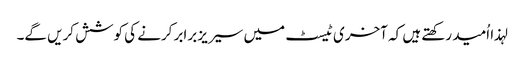
لہذا اُمید رکھتے ہیں کہ آخری ٹیسٹ میں سیریز برابر کرنے کی کوشش کریں گے۔